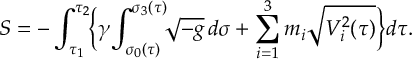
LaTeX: S = - \int _ { \tau _ { 1 } } ^ { \tau _ { 2 } } \! \biggl \{ \gamma \! \int _ { \sigma _ { 0 } ( \tau ) } ^ { \sigma _ { 3 } ( \tau ) } \! \! \sqrt { - g } \, d \sigma + \sum _ { i = 1 } ^ { 3 } m _ { i } \sqrt { V _ { i } ^ { 2 } ( \tau ) } \biggr \} d \tau .